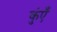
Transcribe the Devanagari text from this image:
कुंएँ